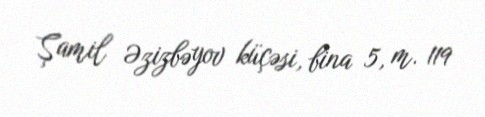
Şamil Əzizbəyov küçəsi, bina 5, m. 119